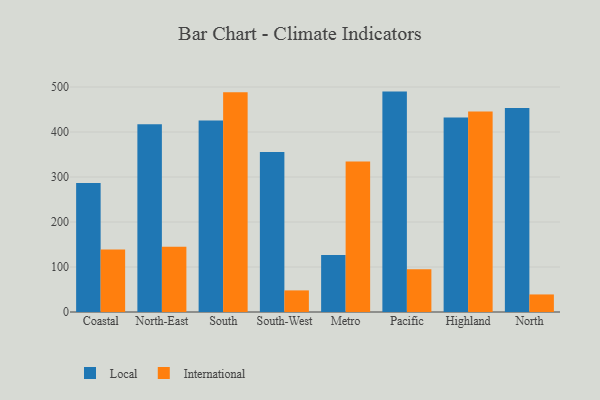
{"axis": {"x": "Region", "y": "Net Income (USD K)"}, "legend": ["International", "Local"], "data": [{"x": "Coastal", "y": 286.9, "type": "Local"}, {"x": "Coastal", "y": 139.1, "type": "International"}, {"x": "North-East", "y": 417.2, "type": "Local"}, {"x": "North-East", "y": 145.2, "type": "International"}, {"x": "South", "y": 425.6, "type": "Local"}, {"x": "South", "y": 488.2, "type": "International"}, {"x": "South-West", "y": 355.7, "type": "Local"}, {"x": "South-West", "y": 48.0, "type": "International"}, {"x": "Metro", "y": 126.7, "type": "Local"}, {"x": "Metro", "y": 334.6, "type": "International"}, {"x": "Pacific", "y": 489.8, "type": "Local"}, {"x": "Pacific", "y": 95.0, "type": "International"}, {"x": "Highland", "y": 432.3, "type": "Local"}, {"x": "Highland", "y": 445.3, "type": "International"}, {"x": "North", "y": 453.1, "type": "Local"}, {"x": "North", "y": 39.0, "type": "International"}]}